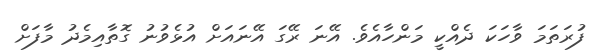
ފުރަތަމަ ވާހަކަ ދެއްކީ މަންހާއެވެ. އޭނަ ރޭގަ އޭނައަށް އުޅެވުނު ގޮތާއިމެދު މާފަށް